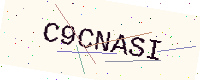
Text: C9CNASI